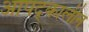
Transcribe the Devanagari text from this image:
आपद्कालीन